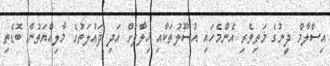
އިސްލާމް ދީނުގެ މަތިވެރި އެންމެހައި އުސޫލުތަކާއި ޚިލާފަށް އަދި ދައުލަތުގެ މާލިއްޔަތުން ބޮޑެތި